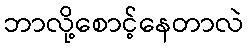
ဘာလို့စောင့်နေတာလဲ